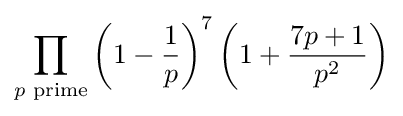
\prod _{p{\text{ prime}}}\left(1-{\frac {1}{p}}\right)^{7}\left(1+{\frac {7p+1}{p^{2}}}\right)